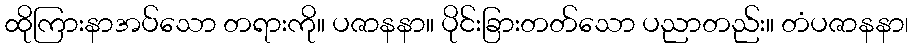
ထိုကြားနာအပ်သော တရားကို။ ပဇာနနာ။ ပိုင်းခြားတတ်သော ပညာတည်း။ တံပဇာနနာ၊